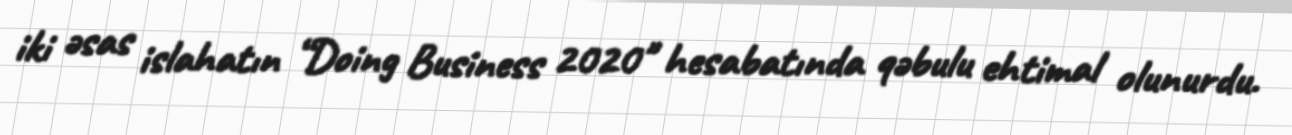
iki əsas islahatın “Doing Business 2020" hesabatında qəbulu ehtimal olunurdu.